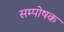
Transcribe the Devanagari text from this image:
सम्पोषक